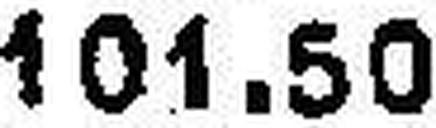
101.50